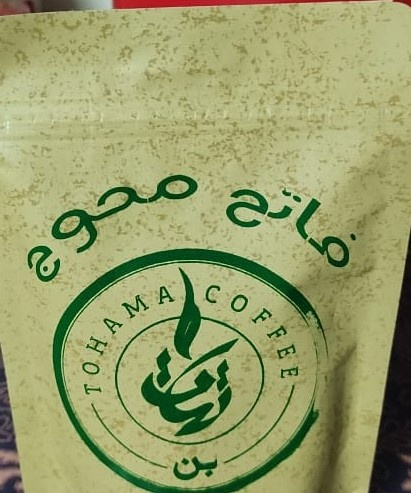
Text in image: محوج فاتح بن COFFEE TOHAMA